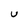
Character: U